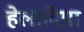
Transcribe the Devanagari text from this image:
हेलादिपा